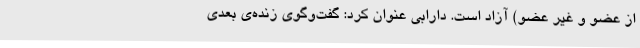
از عضو و غیر عضو) آزاد است. دارابی عنوان کرد: گفت‌وگوی زنده‌ی بعدی